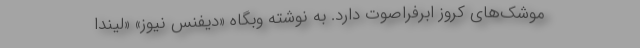
موشک‌های کروز ابرفراصوت دارد. به نوشته وبگاه «دیفنس نیوز» «لیندا